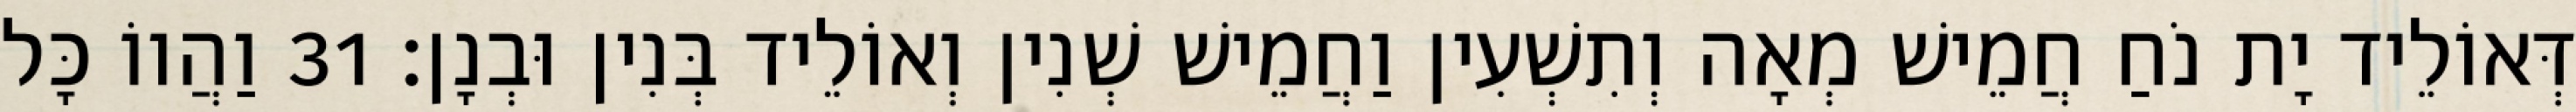
דְּאוֹלֵיד יָת נֹחַ חֲמֵישׁ מְאָה וְתִשְׁעִין וַחֲמֵישׁ שְׁנִין וְאוֹלֵיד בְּנִין וּבְנָן׃ 31 וַהֲווֹ כָּל